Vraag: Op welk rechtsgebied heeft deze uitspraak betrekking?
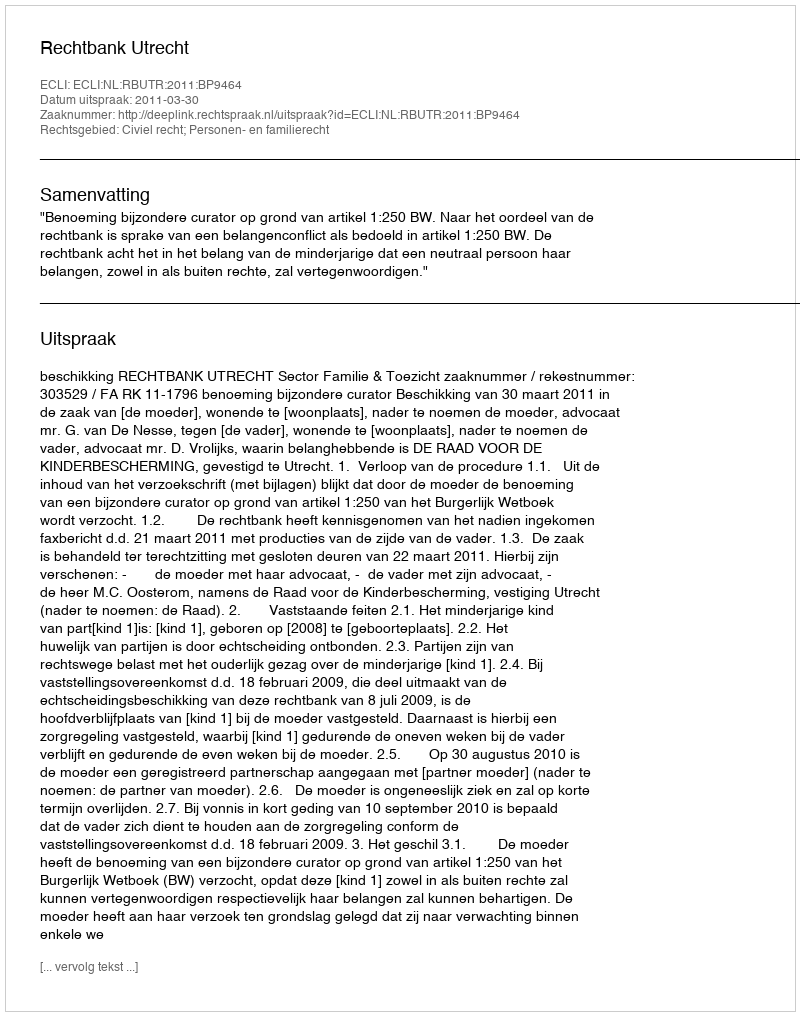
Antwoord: Civiel recht; Personen- en familierecht